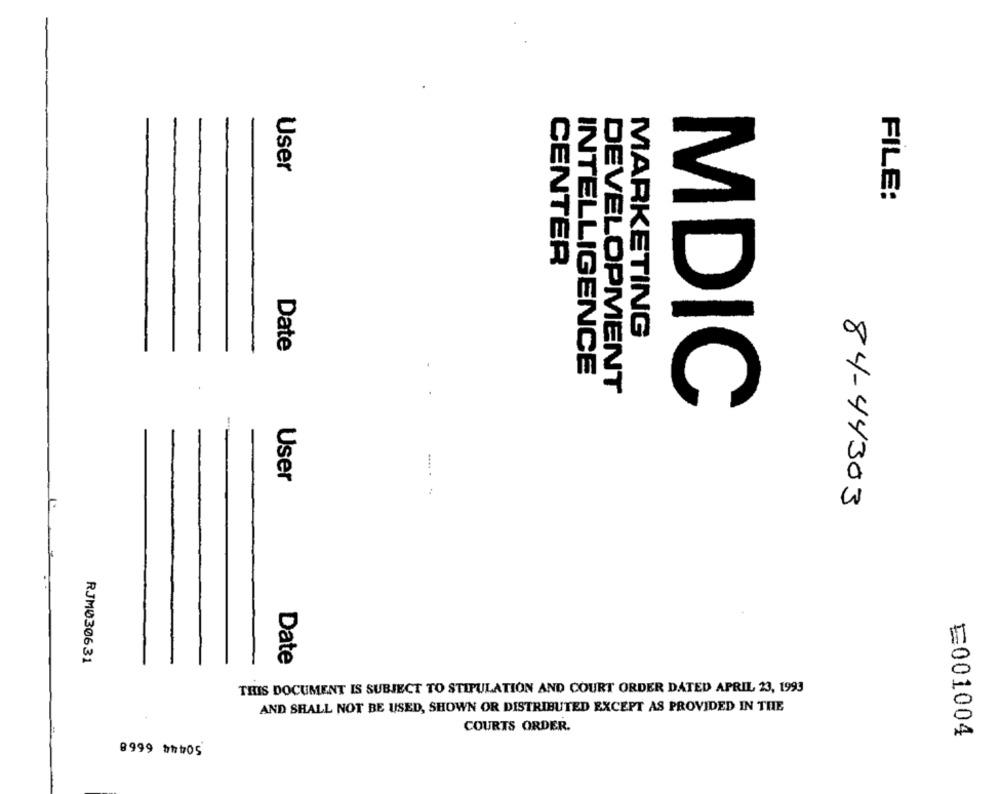
User
FILE:
CENTER
MARKETING
Date
INTELLIGENCE
DEVELOPMENT
MDIC
-
.... .
User
84-44303
RJM030631
Date
THIS DOCUMENT IS SUBJECT TO STIPULATION AND COURT ORDER DATED APRIL 23, 1993
AND SHALL NOT BE USED, SHOWN OR DISTRIBUTED EXCEPT AS PROVIDED IN THE
COURTS ORDER.
50444 6668
E001004